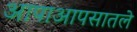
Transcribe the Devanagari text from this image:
आपाआपसातले